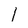
Character: I